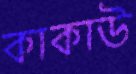
কাকাউ